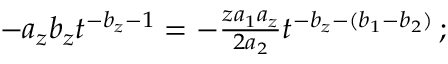
\begin{array} { r } { - a _ { z } b _ { z } t ^ { - b _ { z } - 1 } = - \frac { z a _ { 1 } a _ { z } } { 2 a _ { 2 } } t ^ { - b _ { z } - ( b _ { 1 } - b _ { 2 } ) } \, ; } \end{array}